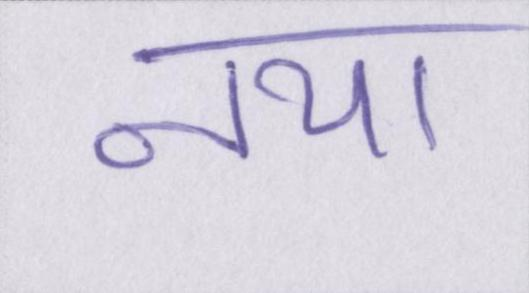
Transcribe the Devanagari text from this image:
नया